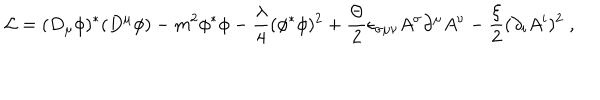
LaTeX: { \cal L } = ( D _ { \mu } \phi ) ^ { * } ( D ^ { \mu } \phi ) - m ^ { 2 } \phi ^ { * } \phi - \frac \lambda 4 ( \phi ^ { * } \phi ) ^ { 2 } + \frac \Theta 2 \epsilon _ { \sigma \mu \nu } A ^ { \sigma } \partial ^ { \mu } A ^ { \nu } - \frac \xi 2 ( \partial _ { i } A ^ { i } ) ^ { 2 } \; ,